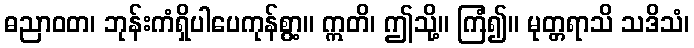
ဓညာဝတ၊ ဘုန်းကံရှိပါပေကုန်စွာ့။ ဣတိ၊ ဤသို့။ ကြံ၍။ မုတ္တရာသိ သဒိသံ၊